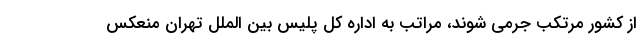
از کشور مرتکب جرمی شوند، مراتب به اداره کل پلیس بین الملل تهران منعکس